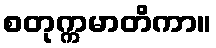
စတုက္ကမာတိကာ။